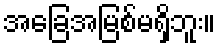
အခြေအမြစ်မရှိဘူး။